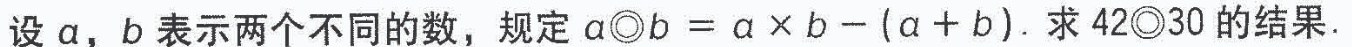
设a，b表示两个不同的数，规定 $$a ◎ b = a \times b - ( a + b )$$. 求42◎30的结果.